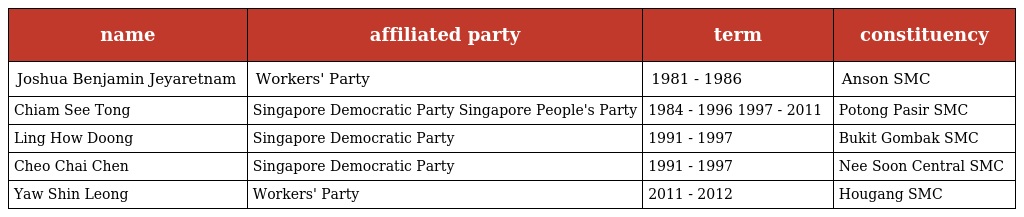
| name | affiliated party | term | constituency |
 | --- | --- | --- | --- |
 | Joshua Benjamin Jeyaretnam | Workers' Party | 1981 - 1986 | Anson SMC |
 | Chiam See Tong | Singapore Democratic Party Singapore People's Party | 1984 - 1996 1997 - 2011 | Potong Pasir SMC |
 | Ling How Doong | Singapore Democratic Party | 1991 - 1997 | Bukit Gombak SMC |
 | Cheo Chai Chen | Singapore Democratic Party | 1991 - 1997 | Nee Soon Central SMC |
 | Yaw Shin Leong | Workers' Party | 2011 - 2012 | Hougang SMC |